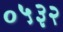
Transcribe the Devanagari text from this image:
०५३२